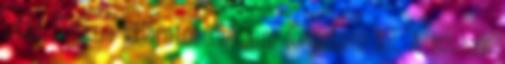
után. Titkos kijáratot én sem fedeztem fel. A szobák